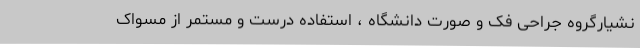
نشیارگروه جراحی فک و صورت دانشگاه ، استفاده درست و مستمر از مسواک